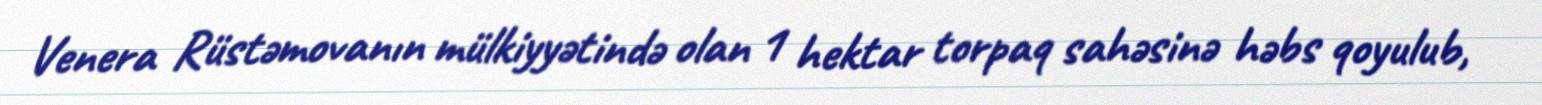
Venera Rüstəmovanın mülkiyyətində olan 1 hektar torpaq sahəsinə həbs qoyulub,